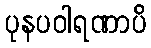
ပုနပဝါရဏာပိ